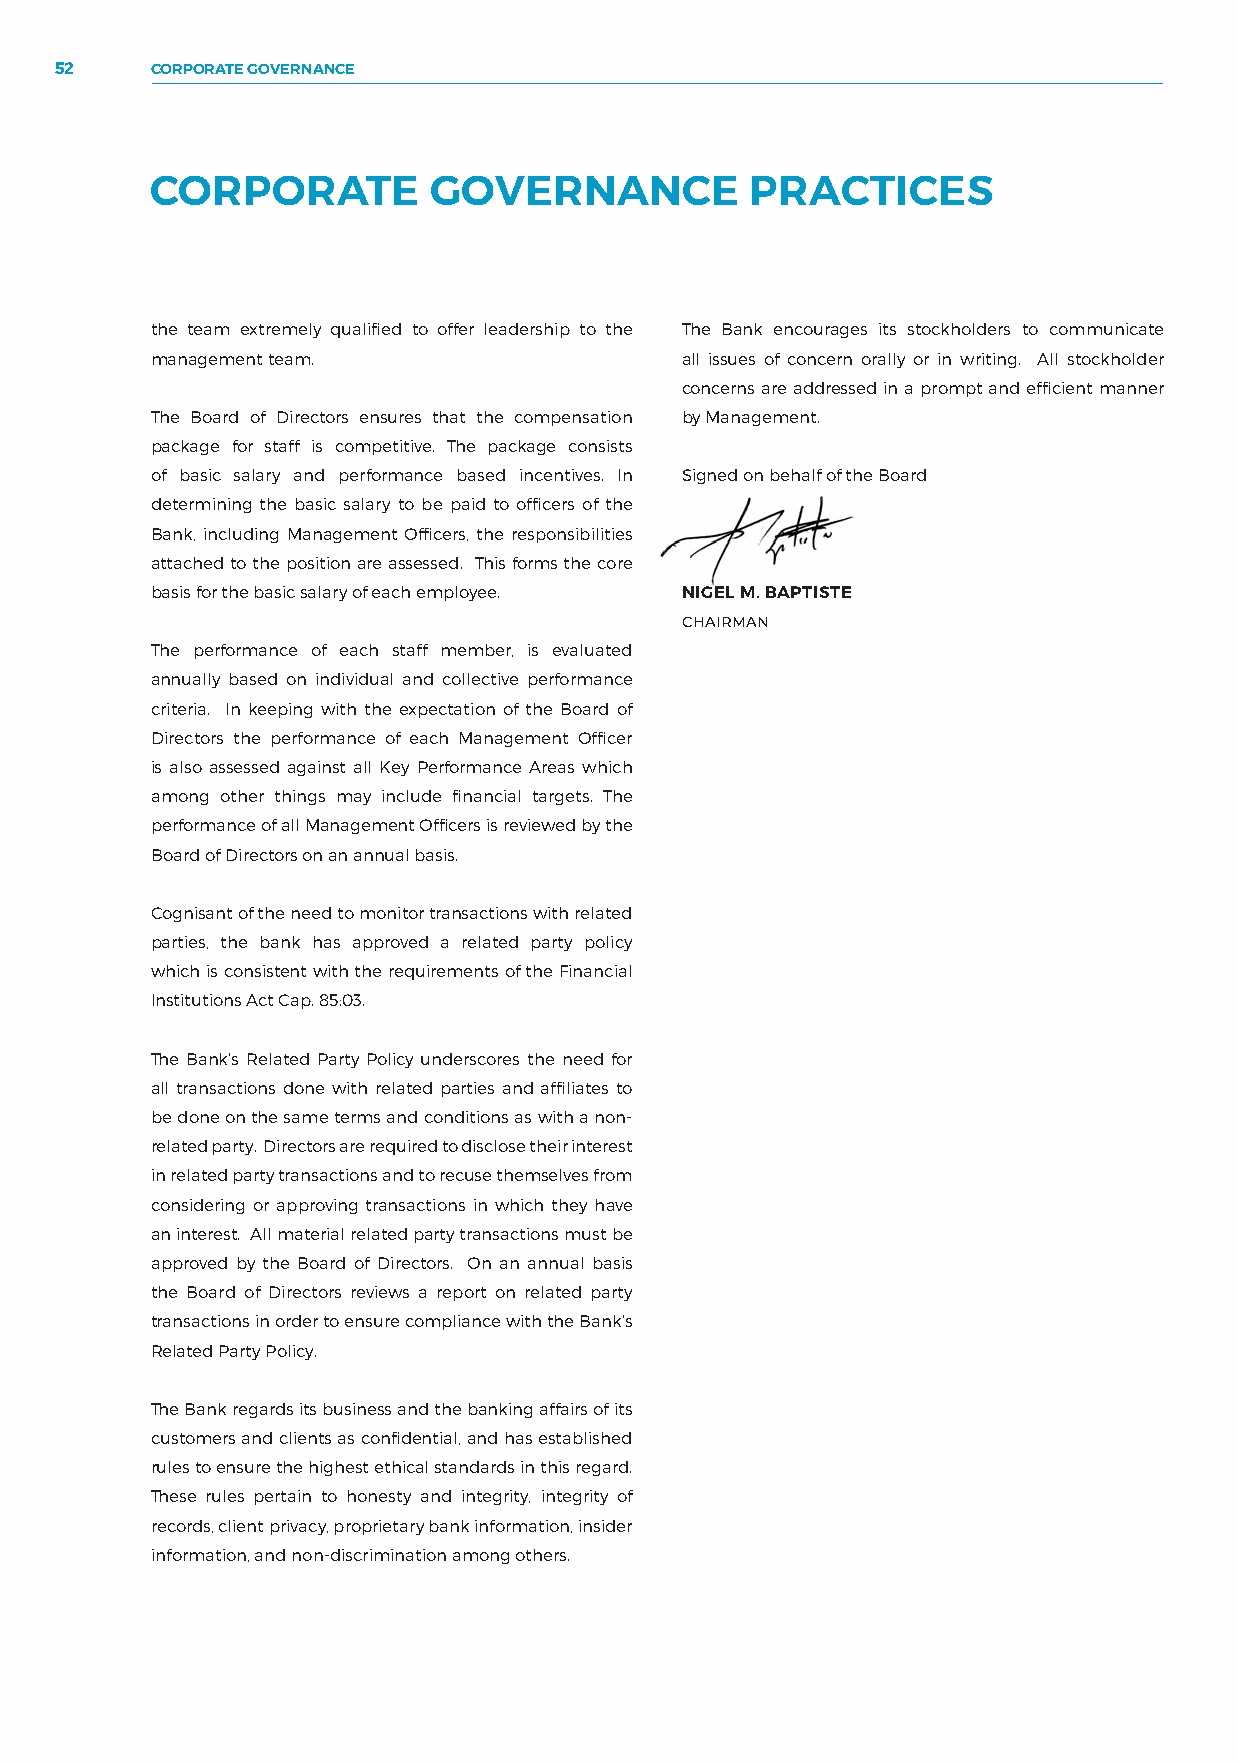
52    CORPORATE GOVERNANCE
 CORPORATE         GOVERNANCE            PRACTICES
 the team extremely qualified to offer leadership to the The Bank encourages its stockholders to communicate
 management team.                   all issues of concern orally or in writing. All stockholder
 concerns are addressed in a prompt and efficient manner
 The Board of Directors ensures that the compensation by Management.
 package for staff is competitive. The package consists
 of basic salary and performance based incentives. In Signed on behalf of the Board
 determining the basic salary to be paid to officers of the
 Bank, including Management Officers, the responsibilities
 attached to the position are assessed. This forms the core
 basis for the basic salary of each employee. NIGEL M. BAPTISTE
 CHAIRMAN
 The performance of each staff member, is evaluated
 annually based on individual and collective performance
 criteria. In keeping with the expectation of the Board of
 Directors the performance of each Management Officer
 is also assessed against all Key Performance Areas which
 among other things may include financial targets. The
 performance of all Management Officers is reviewed by the
 Board of Directors on an annual basis.
 Cognisant of the need to monitor transactions with related
 parties, the bank has approved a related party policy
 which is consistent with the requirements of the Financial
 Institutions Act Cap. 85:03.
 The Bank’s Related Party Policy underscores the need for
 all transactions done with related parties and affiliates to
 be done on the same terms and conditions as with a non-
 related party. Directors are required to disclose their interest
 in related party transactions and to recuse themselves from
 considering or approving transactions in which they have
 an interest. All material related party transactions must be
 approved by the Board of Directors. On an annual basis
 the Board of Directors reviews a report on related party
 transactions in order to ensure compliance with the Bank’s
 Related Party Policy.
 The Bank regards its business and the banking affairs of its
 customers and clients as confidential, and has established
 rules to ensure the highest ethical standards in this regard.
 These rules pertain to honesty and integrity, integrity of
 records, client privacy, proprietary bank information, insider
 information, and non-discrimination among others.